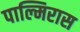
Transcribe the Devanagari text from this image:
पाल्मिरास